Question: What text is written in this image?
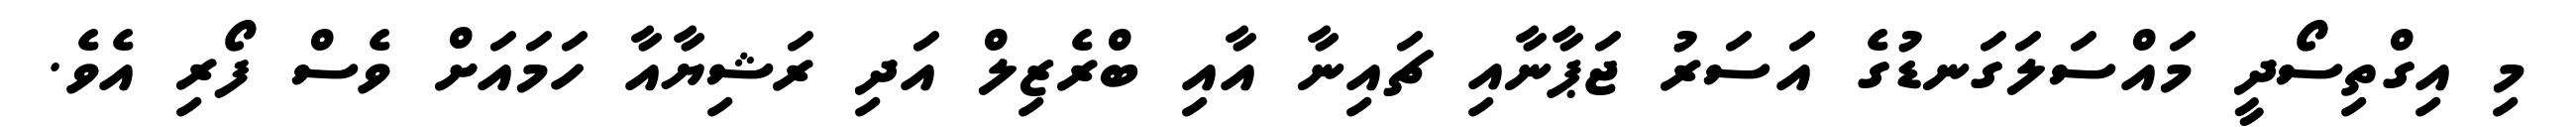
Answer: މި އިގްތިސޯދީ މައްސަލަގަނޑުގެ އަސަރު ޖަޕާނާއި ޗައިނާ އާއި ބްރެޒިލް އަދި ރަޝިޔާއާ ހަމައަށް ވެސް ފޯރި އެވެ.